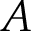
A